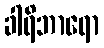
ခါရိဘာရော